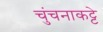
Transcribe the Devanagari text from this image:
चुंचनाकट्टे